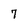
Character: 7